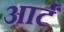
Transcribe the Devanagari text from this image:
आर्टं